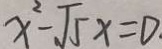
x ^ { 2 } - \sqrt { 5 } x = 0 .